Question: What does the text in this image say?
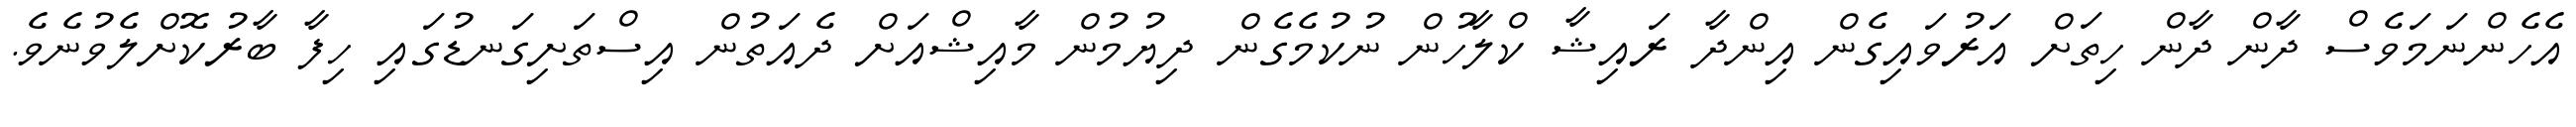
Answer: އެހެންނަމަވެސް ދާން ދާން ހިތަށް އަރުވައިގެން އިންދާ ރައިޝާ ކްލާހުން ނުކުމެގެން ދިޔުމުން މާއިޝްއަށް ދެއަތުން އިސްތަށިގަނޑުގައި ހިފާ ބާރުކޮށްލެވުނެވެ.